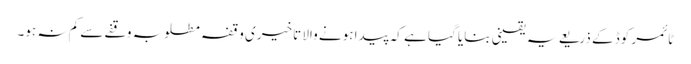
ٹائمر کوڈ کے ذریعے یہ یقینی بنایا گیا ہے کہ پیدا ہونے والا تاخیری وقفہ مطلوبہ وقفے سے کم نہ ہو۔